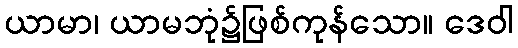
ယာမာ၊ ယာမဘုံ၌ဖြစ်ကုန်သော။ ဒေဝါ